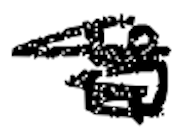
Text: is
Cross-out: scratch
Writing tool: digital_black